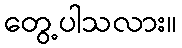
တွေ့ပါသလား။